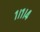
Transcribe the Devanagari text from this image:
१।१।४